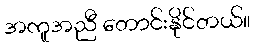
အကူအညီ တောင်းနိုင်တယ်။